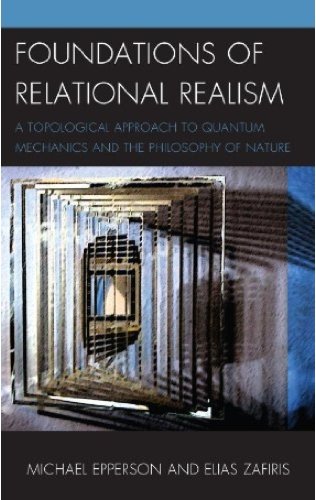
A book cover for Foundations of Relational Realism: A Topological Approach to Quantum Mechanics and the Philosophy of Nature; Michael Epperson; Politics & Social Sciences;